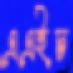
এএইচ